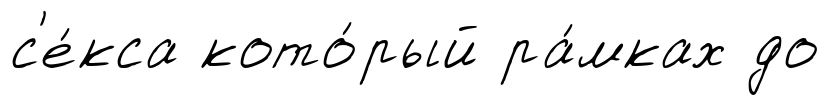
с'е́кса кото́рый ра́мках до